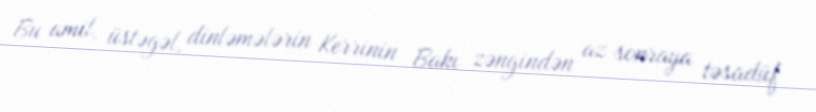
Bu amil, üstəgəl, dinləmələrin Kerrinin Bakı zəngindən az sonraya təsadüf